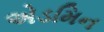
એડમિન